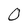
Character: 0